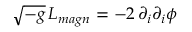
\sqrt { - g } \, { \cal L } _ { m a g n } = - 2 \, \partial _ { i } \partial _ { i } \phi